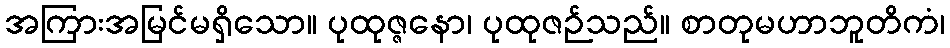
အကြားအမြင်မရှိသော။ ပုထုဇ္ဇနော၊ ပုထုဇဉ်သည်။ စာတုမဟာဘူတိကံ၊